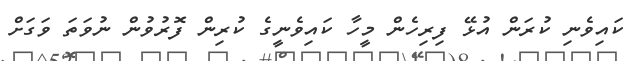
ކައިވެނި ކުރަން އުޅޭ ފިރިހެން މީހާ ކައިވެނީގެ ކުރިން ފޮރުވުން ނުވަތަ ވަގަށް